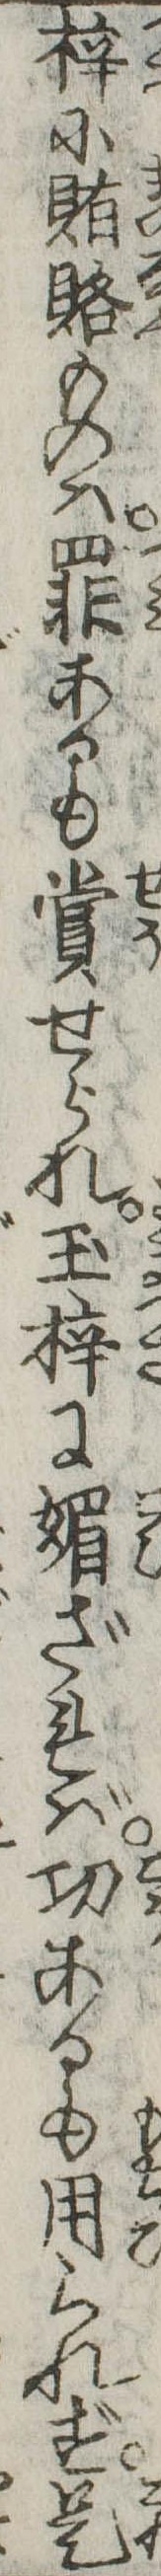
梓に賄賂ものは罪あるも賞せられ玉梓に媚ざれば功あるも用られず是